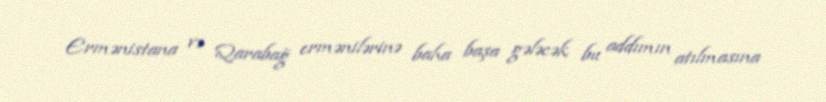
Ermənistana və Qarabağ ermənilərinə baha başa gələcək bu addımın atılmasına